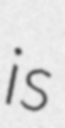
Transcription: is